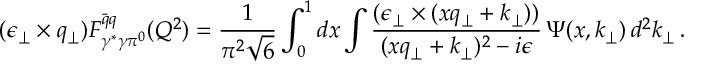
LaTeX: ( \epsilon _ { \perp } \times q _ { \perp } ) F _ { \gamma ^ { * } \gamma \pi ^ { 0 } } ^ { \bar { q } q } ( Q ^ { 2 } ) = { \frac { 1 } { \pi ^ { 2 } \sqrt { 6 } } } \int _ { 0 } ^ { 1 } d x \int \frac { ( \epsilon _ { \perp } \times ( x q _ { \perp } + k _ { \perp } ) ) } { ( x q _ { \perp } + k _ { \perp } ) ^ { 2 } - i \epsilon } \, \Psi ( x , k _ { \perp } ) \, d ^ { 2 } k _ { \perp } \, .